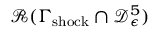
\mathcal { R } ( \Gamma _ { \mathrm { s h o c k } } \cap \mathcal { D } _ { \epsilon } ^ { 5 } )